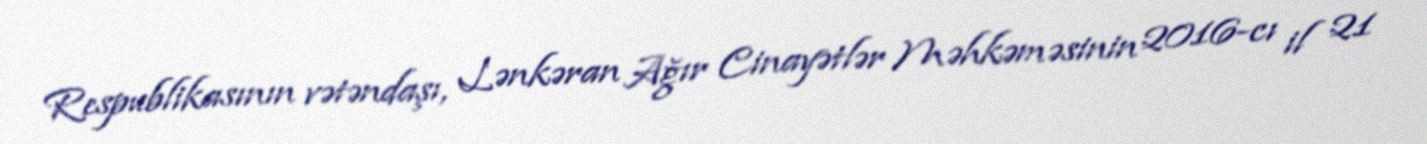
Respublikasının vətəndaşı, Lənkəran Ağır Cinayətlər Məhkəməsinin 2016-cı il 21